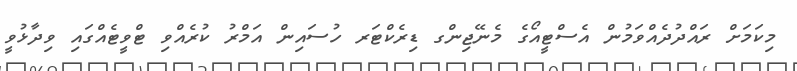
މިކަމަށް ރައްދުދެއްވަމުން އެސްޓީއޯގެ މެނޭޖިންގ ޑިރެކްޓަރ ހުސައިން އަމްރު ކުރެއްވި ޓްވީޓެއްގައި ވިދާޅުވީ